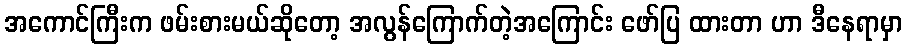
အကောင်ကြီးက ဖမ်းစားမယ်ဆိုတော့ အလွန်ကြောက်တဲ့အကြောင်း ဖော်ပြ ထားတာ ဟာ ဒီနေရာမှာ